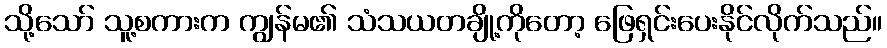
သို့သော် သူ့စကားက ကျွန်မ၏ သံသယတချို့ကိုတော့ ဖြေရှင်းပေးနိုင်လိုက်သည်။